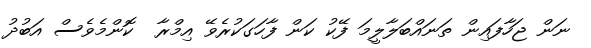
ނަން ޖަހާފައިން ތަނައްބަލާލީމަ ފޭކު ކަން ފާހަގަކުރެވޭ އިމްރާ  ކޮންމެވެސް އަބުދު